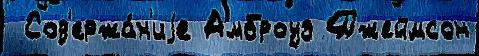
 Сод'ержа́н'иjе Амброуз Джеймсон